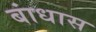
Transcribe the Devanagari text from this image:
बांधास